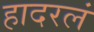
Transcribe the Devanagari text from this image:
हादरलं